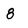
Character: 8